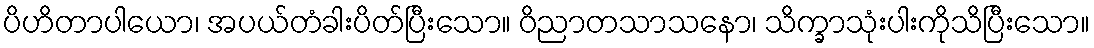
ပိဟိတာပါယော၊ အပယ်တံခါးပိတ်ပြီးသော။ ဝိညာတသာသနော၊ သိက္ခာသုံးပါးကိုသိပြီးသော။